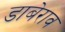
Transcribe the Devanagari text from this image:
डाबेराव